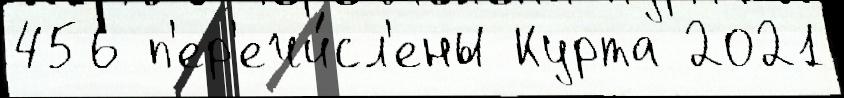
456 п'ер'ечи́сл'ены Курта 2021